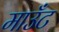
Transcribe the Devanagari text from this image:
माउँट